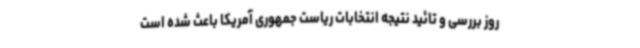
روز بررسی و تائید نتیجه انتخابات ریاست جمهوری آمریکا باعث شده است